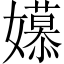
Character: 𫲎